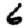
Digit: 6